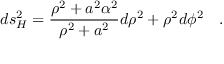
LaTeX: d s _ { H } ^ { 2 } = { \frac { \rho ^ { 2 } + a ^ { 2 } \alpha ^ { 2 } } { \rho ^ { 2 } + a ^ { 2 } } } d \rho ^ { 2 } + \rho ^ { 2 } d \phi ^ { 2 } ~ ~ ~ .